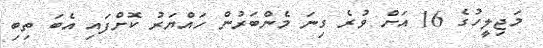
މަޖިލީހުގެ 16 އަށް ވުރެ ގިނަ މެންބަރުން ހައްޔަރު ކޮށްފައި އެބަ ތިބި